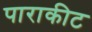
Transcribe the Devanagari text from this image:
पाराकीट